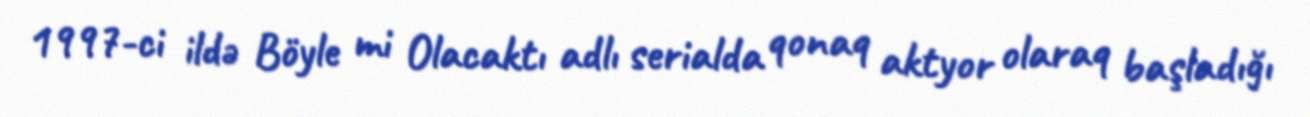
1997-ci ildə Böyle mi Olacaktı adlı serialda qonaq aktyor olaraq başladığı